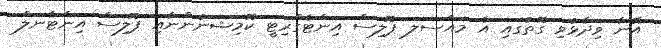
އޭނާ ވިދާޅުވި ގޮތުގައި އެ މައްސަލަ ޕޮލިސް އިންޓެގްރިޓީ ކޮމިޝަނުންނާއި ޕޮލިސް އިންޓާނަލް